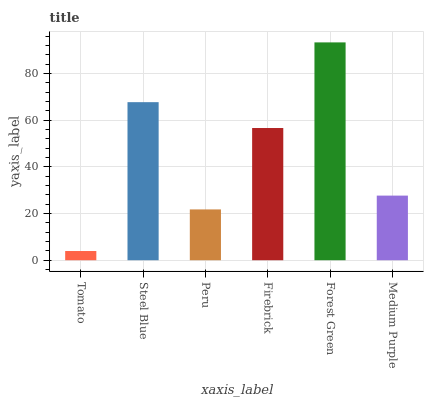
| xaxis_label | bars |
 | --- | --- |
 | Tomato | 3.95 |
 | Steel Blue | 67.7 |
 | Peru | 21.8 |
 | Firebrick | 56.6 |
 | Forest Green | 93.3 |
 | Medium Purple | 27.7 |